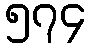
၅၇၄